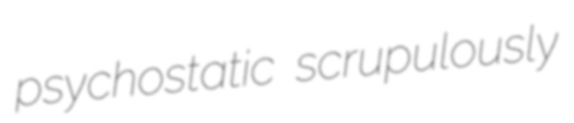
psychostatic scrupulously